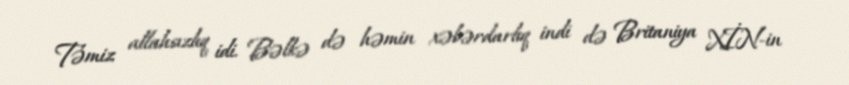
Təmiz allahsızlıq idi. Bəlkə də həmin xəbərdarlıq indi də Britaniya XİN-in